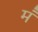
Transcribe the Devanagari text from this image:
मं॑